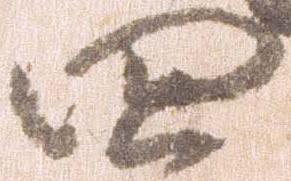
四